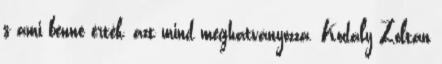
s ami benne érték, azt mind meghatványozza. Kodály Zoltán